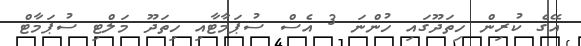
އޭގެ ކުރިން ހިތަދޫގައި ހުންނަ 3 އެސް ސުޕަމާޓާއި ހިތަދޫ މަލްޓި ސުޕަމާޓް